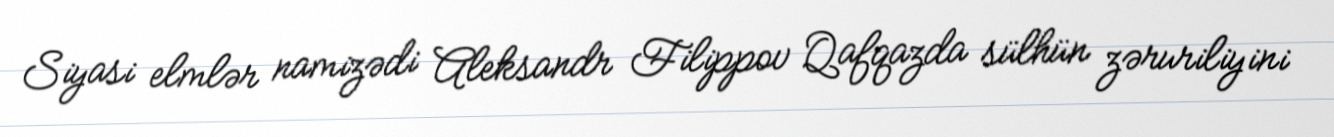
Siyasi elmlər namizədi Aleksandr Filippov Qafqazda sülhün zəruriliyini